Investigations on Bengal jail dietaries - Number 37
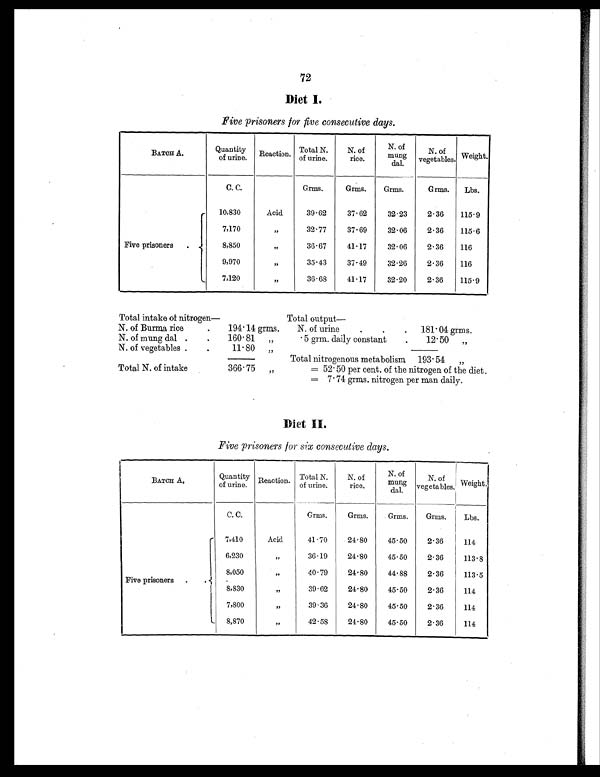
72
Diet 1.
Five prisoners for five consecutive days.
BATCH A.
Quantity
of urine. Reaction. Total N.
of urine.
N. of
rice.
N. of
m u n g
dal.
N. of
vegetables. Weight.
C. C.
Grms.
Grms.
Grms.
Grms.
Lbs.
Five prisoners
.
10,830
Acid
39.62
37.62
32.23
2.36
115.9
7,170
, ,
32.77
37.69
32.06
2.36
115.6
8,850
, ,
36.67
41.17
32.06
2.36
116
9,970
, ,
35.43
37.49
32.26
2.36
116
7,120
, ,
36.68
41.17
32.20
2.36
115.9
Total intake of nitrogen—
Total output
—
N. of Burma rice
.
194.14 grms.
N. of urine
.
.
.
181.04grms.
N. of mung dal .
.
160.81
, ,
.5 grm. daily constant
.
12.50 , ,
N. of vegetables .
.
11.80
, ,
Total nitrogenous metabolism 193.54 , ,
Total N. of intake
366.75
, ,
= 52.50 per cent. of the nitrogen of the diet.
= 7.74 grms. nitrogen per man daily.
Diet II.
Five prisoners for six consecutive days.
BATCH A.
Quantity
of urine.
Reaction. Total N.
of urine.
N . o f
rice.
N. of
mung
dal.
N. of
vegetables. Weight.
C. C.
Grms.
Grms.
Grms.
Grms.
Lbs.
Five prisoners .
.
7,410
Acid
41.70
24.80
45.50
2.36
114
6,230
, ,
36.19
24.80
45.50
2.36
113.8
8,050
, ,
40.79
24.80
44.88
2.36
113.5
8,830
, ,
39.62
24.80
45.50
2.36
114
7,800
, ,
39.36
24.80
45.50
2.36
114
8,870
, ,
42.58
24.80
45.50
2.36
114